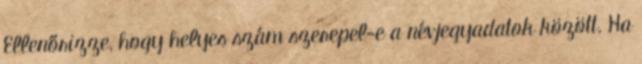
Ellenőrizze, hogy helyes szám szerepel-e a névjegyadatok között. Ha